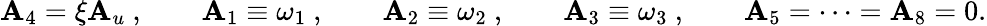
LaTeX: \mathbf{A}_{4}=\xi\mathbf{A}_{u}\ ,\qquad\mathbf{A}_{1}\equiv\omega_{1}\ ,\qquad\mathbf{A}_{2}\equiv\omega_{2}\ ,\qquad\mathbf{A}_{3}\equiv\omega_{3}\ ,\qquad\mathbf{A}_{5}=\dots=\mathbf{A}_{8}=0.